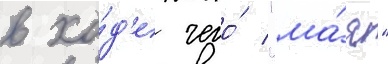
в хо́д'е чего́ "ма́я"